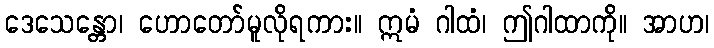
ဒေသေန္တော၊ ဟောတော်မူလိုရကား။ ဣမံ ဂါထံ၊ ဤဂါထာကို။ အာဟ၊